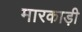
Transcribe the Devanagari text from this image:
मारकाड़ी